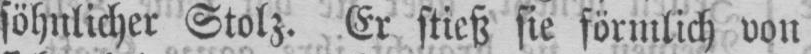
söhnlicher Stolz. Er stieß sie förmlich von